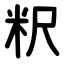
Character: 粎